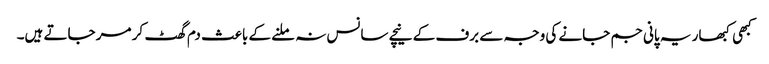
کبھی کبھار یہ پانی جم جانے کی وجہ سے برف کے نیچے سانس نہ ملنے کے باعث دم گھٹ کر مر جاتے ہیں۔